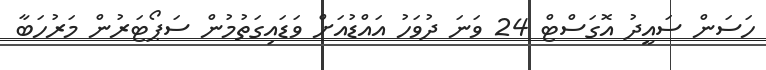
ހަސަން ސައީދު އޮގަސްޓް 24 ވަނަ ދުވަހު އައްޑުއަށް ވަޑައިގަތުމުން ސަޕޯޓަރުން މަރުހަބާ